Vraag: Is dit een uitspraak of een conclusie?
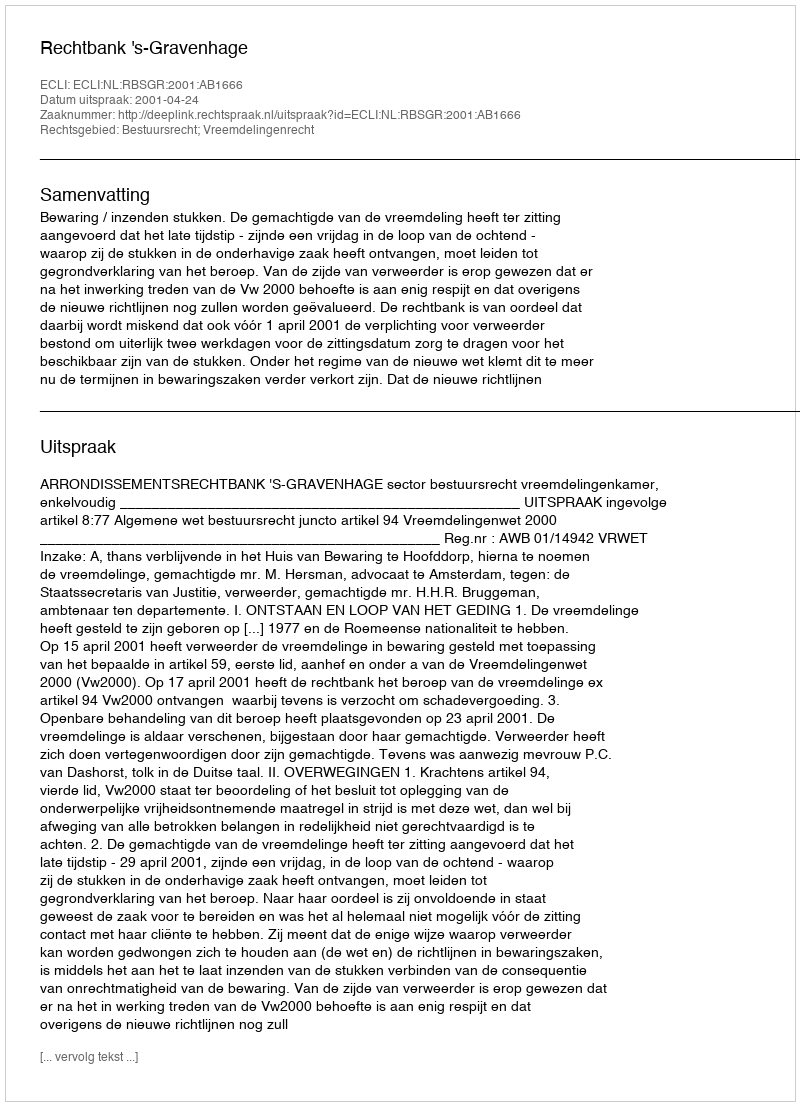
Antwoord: Uitspraak